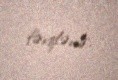
fərqlənir.